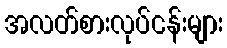
အလတ်စားလုပ်ငန်းများ